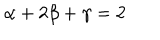
\alpha + 2 \beta + \gamma = 2